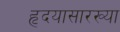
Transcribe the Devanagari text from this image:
हृदयासारख्या